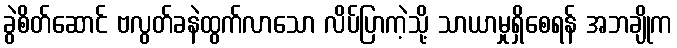
ခွဲစိတ်ဆောင် ဗလွတ်ခနဲထွက်လာသော လိပ်ပြာကဲ့သို့ သာယာမှုရှိစေရန် အဘချိုက